Insane asylums in Bengal annual reports 1876-1887 - 1876-1887
Year: 1876
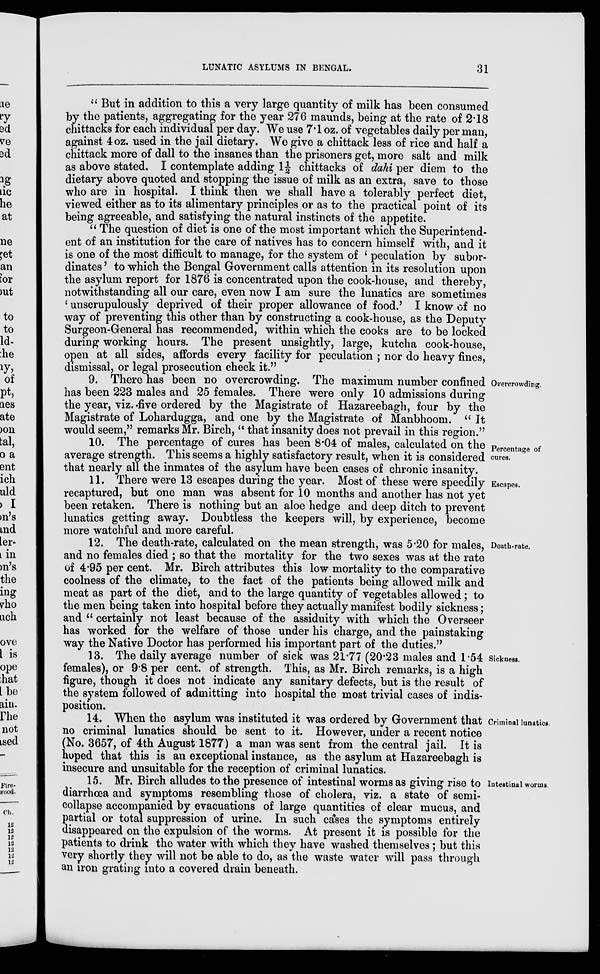
LUNATIC ASYLUMS IN BENGAL.
31
" But in addition to this a very large quantity of milk has been consumed
by the patients, aggregating for the year 276 maunds, being at the rate of 2.18
chittacks for each individual per day. We use 7.1 oz. of vegetables daily per man,
against 4oz. used in the jail dietary. We give a chittack less of rice and half a
chittack more of dall to the insanes than the prisoners get, more salt and milk
as above stated. I contemplate adding 1½ chittacks of dahi per diem to the
dietary above quoted and stopping the issue of milk as an extra, save to those
who are in hospital. I think then we shall have a tolerably perfect diet,
viewed either as to its alimentary principles or as to the practical point of its
being agreeable, and satisfying the natural instincts of the appetite.
" The question of diet is one of the most important which the Superintend-
ent of an institution for the care of natives has to concern himself with, and it
is one of the most difficult to manage, for the system of ' peculation by subor-
dinates ' to which the Bengal Government calls attention in its resolution upon
the asylum report for 1876 is concentrated upon the cook-house, and thereby,
notwithstanding all our care, even now I am sure the lunatics are sometimes
' unscrupulously deprived of their proper allowance of food.' I know of no
way of preventing this other than by constructing a cook-house, as the Deputy
Surgeon-General has recommended, within which the cooks are to be locked
during working hours. The present unsightly, large, kutcha cook-house,
open at all sides, affords every facility for peculation ; nor do heavy fines,
dismissal, or legal prosecution check it."
Overcrowding.
9. There has been no overcrowding. The maximum number confined
has been 223 males and 25 females. There were only 10 admissions during
the year, viz. .five ordered by the Magistrate of Hazareebagh, four by the
Magistrate of Lohardugga, and one by the Magistrate of Manbhoom. " It
would seem," remarks Mr. Birch, " that insanity does not prevail in this region."
Percentage of
cures.
10. The percentage of cures has been 8.04 of males, calculated on the
average strength. This seems a highly satisfactory result, when it is considered
that nearly all the inmates of the asylum have been cases of chronic insanity.
Escapes.
11. There were 13 escapes during the year. Most of these were speedily
recaptured, but one man was absent for 10 months and another has not yet
been retaken. There is nothing but an aloe hedge and deep ditch to prevent
lunatics getting away. Doubtless the keepers will, by experience, become
more watchful and more careful.
Death-rate.
12. The death-rate, calculated on the mean strength, was 5.20 for males,
and no females died ; so that the mortality for the two sexes was at the rate
of 4.95 per cent. Mr. Birch attributes this low mortality to the comparative
coolness of the climate, to the fact of the patients being allowed milk and
meat as part of the diet, and to the large quantity of vegetables allowed ; to
the men being taken into hospital before they actually manifest bodily sickness;
and " certainly not least because of the assiduity with which the Overseer
has worked for the welfare of those under his charge, and the painstaking
way the Native Doctor has performed his important part of the duties."
Sickness.
13. The daily average number of sick was 21.77 (20.23 males and 1.54
females), or 9.8 per cent. of strength. This, as Mr. Birch remarks, is a high
figure, though it does not indicate any sanitary defects, but is the result of
the system followed of admitting into hospital the most trivial cases of indis-
position.
Criminal lunatics.
14. When the asylum was instituted it was ordered by Government that
no criminal lunatics should be sent to it. However, under a recent notice
(No. 3657, of 4th August 1877) a man was sent from the central jail. It is
hoped that this is an exceptional instance, as the asylum at Hazareebagh is
insecure and unsuitable for the reception of criminal lunatics.
Intestinal worms.
15. Mr. Birch alludes to the presence of intestinal worms as giving rise to
diarrhœa and symptoms resembling those of cholera, viz. a state of semi-
collapse accompanied by evacuations of large quantities of clear mucus, and
partial or total suppression of urine. In such cases the symptoms entirely
disappeared on the expulsion of the worms. At present it is possible for the
patients to drink the water with which they have washed themselves ; but this
very shortly they will not be able to do, as the waste water will pass through
an iron grating into a covered drain beneath.